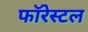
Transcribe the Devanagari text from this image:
फॉरेस्टल